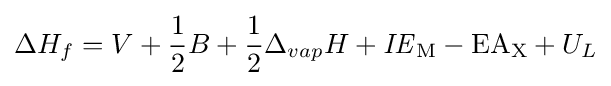
\Delta H_{f}=V+{\frac {1}{2}}B+{\frac {1}{2}}\Delta _{vap}H+{\mathit {IE}}_{{\ce {M}}}-{\ce {EA}}_{{\ce {X}}}+U_{L}